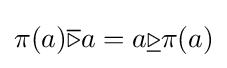
\pi (a){\overline {\triangleright }}a=a{\underline {\triangleright }}\pi (a)